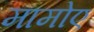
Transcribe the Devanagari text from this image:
मामोए